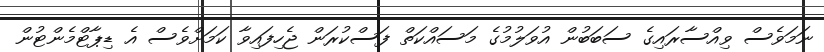
ނަމަވެސް ވިއްސާރައިގެ ސަބަބުން އުވަލުމުގެ މަސައްކަތް ފަސްކުރަން ޖެހިފައިވާ ކަމަށްވެސް އެ ޑިޕާޓްމެންޓުން